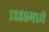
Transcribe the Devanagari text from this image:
१२५९मध्ये